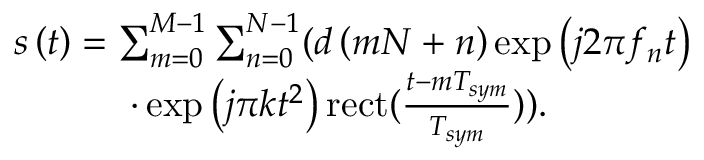
\begin{array} { r l } & { s \left( t \right) = \sum _ { m = 0 } ^ { M - 1 } { \sum _ { n = 0 } ^ { N - 1 } } ( { d \left( { m N + n } \right) } \exp \left( { j 2 \pi { f _ { n } } t } \right) } \\ & { \quad \; \; \quad \; \; \cdot \exp \left( { j \pi { k } { t ^ { 2 } } } \right) \mathrm { { r e c t } } ( { \frac { { t - m { T _ { s y m } } } } { { { T _ { s y m } } } } } ) ) . } \end{array}